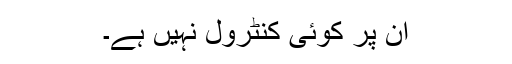
ان پر کوئی کنٹرول نہیں ہے۔